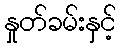
နှုတ်ခမ်းနှင့်